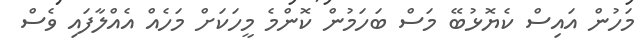
މަހުން އައިސް ކެޔޮޅުބޭ މަސް ބަހަމުން ކޮންމެ މީހަކަށް މަހެއް އެއްލާފައި ވެސް